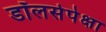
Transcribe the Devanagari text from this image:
डॉलर्सपेक्षा